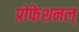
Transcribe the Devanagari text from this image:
प्रोफेशनल्